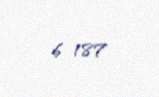
6 187